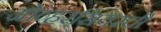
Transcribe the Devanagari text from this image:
ओव्हरसियरची